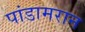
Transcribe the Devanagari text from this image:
पांडामरान